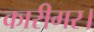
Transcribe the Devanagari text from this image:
कारीगर।